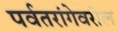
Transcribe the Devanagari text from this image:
पर्वतरांगेवरील